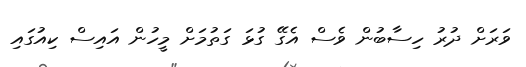
ވަރަށް ދުރު ހިސާބުން ވެސް އެގޭ ގުޅަ ގަތުމަށް މީހުން އައިސް ކިއުގައި